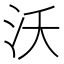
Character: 沃